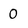
Character: 0